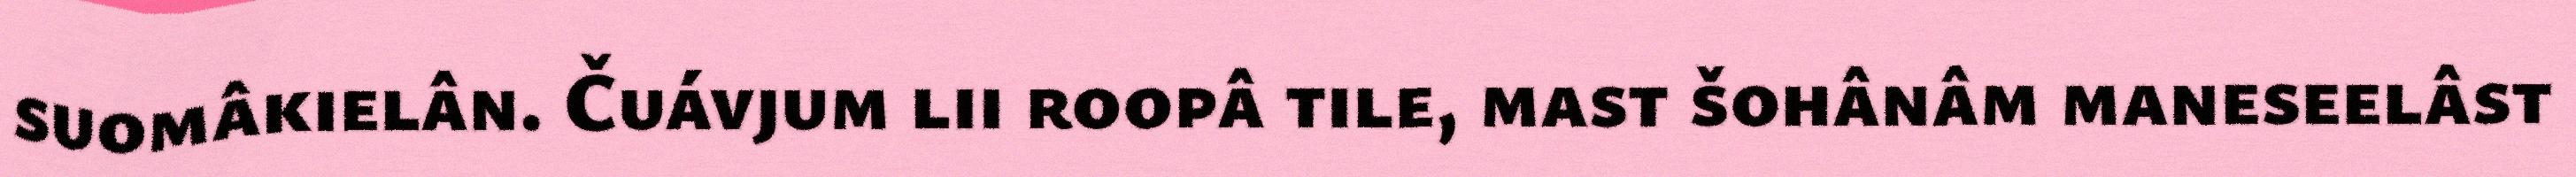
suomâkielân. Čuávjum lii roopâ tile, mast šohânâm maneseelâst